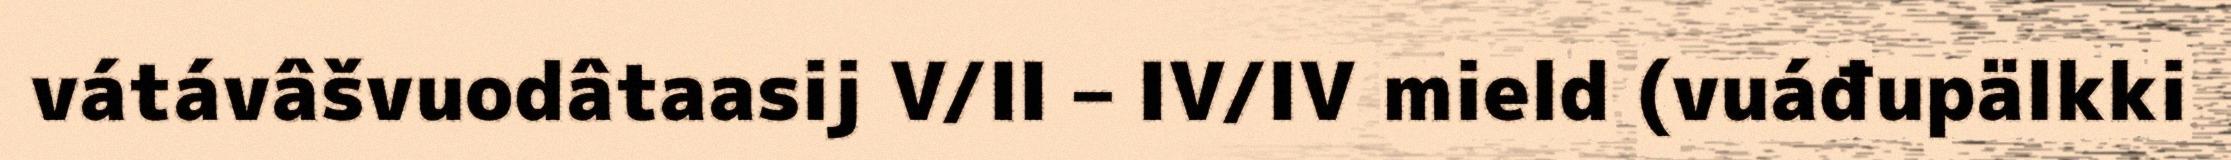
vátávâšvuodâtaasij V/II – IV/IV mield (vuáđupälkki